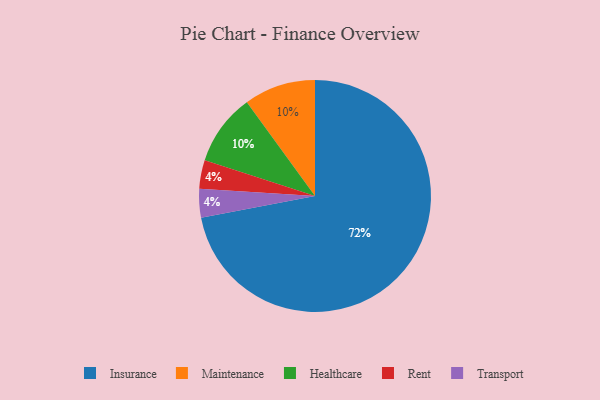
{"axis": {"x": "Category", "y": "Percentage"}, "legend": ["Healthcare", "Insurance", "Maintenance", "Rent", "Transport"], "data": [{"x": "Maintenance", "y": 10, "type": "Maintenance"}, {"x": "Insurance", "y": 72, "type": "Insurance"}, {"x": "Rent", "y": 4, "type": "Rent"}, {"x": "Transport", "y": 4, "type": "Transport"}, {"x": "Healthcare", "y": 10, "type": "Healthcare"}]}